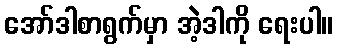
အော်ဒါစာရွက်မှာ အဲ့ဒါကို ရေးပါ။